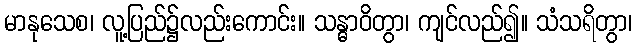
မာနုသေစ၊ လူ့ပြည်၌လည်းကောင်း။ သန္ဓာဝိတွာ၊ ကျင်လည်၍။ သံသရိတွာ၊